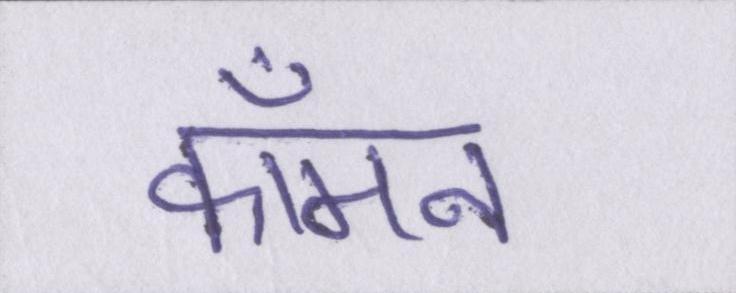
कॉमन